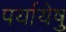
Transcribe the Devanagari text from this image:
पर्यायेषु